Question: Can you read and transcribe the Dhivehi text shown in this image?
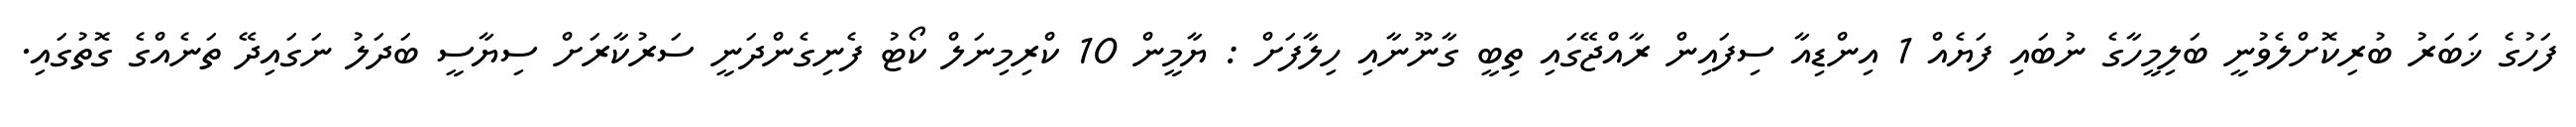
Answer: ފަހުގެ ޚަބަރު ބުރިކޮށްލެވުނީ ބަލިމީހާގެ ނުބައި ފަޔެއް 1 އިންޑިއާ ސިފައިން ރާއްޖޭގައި ތިބީ ގާނޫނާއި ހިލާފަށް : ޔާމީން 10 ކްރިމިނަލް ކޯޓު ފެނިގެންދަނީ ސަރުކާރަށް ސިޔާސީ ބަދަލު ނަގައިދޭ ތަނެއްގެ ގޮތުގައި.